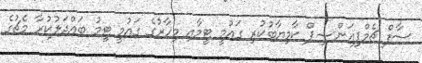
ސާފް ޗެމްޕިއަންޝިޕް ކާމިޔާބުކުރި ގައުމީ ޓީމާއި މިހާރުގެ ގައުމީ ޓީމު ބައްދަލުކުރާ މެޗުގެ